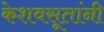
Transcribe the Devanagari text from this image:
केशवसूतांनी